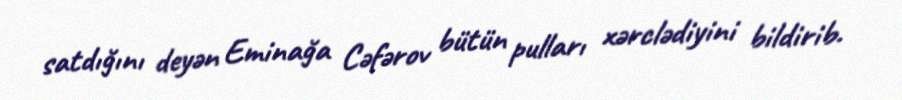
satdığını deyən Eminağa Cəfərov bütün pulları xərclədiyini bildirib.